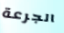
الجرعة